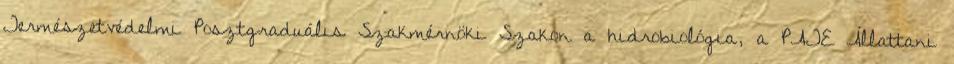
Természetvédelmi Posztgraduális Szakmérnöki Szakon a hidrobiológia, a PATE Állattani